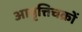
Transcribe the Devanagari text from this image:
आवृत्तिचक्रों